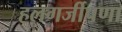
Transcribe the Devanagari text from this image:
हलगर्जीपणा